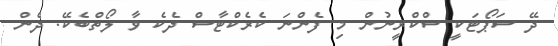
ދޭ ސަޕޯޓަކީ ސްކްރީނުން މި ފެންނަ ކެރެކްޓާސް ދެކެ ވާ ލޯތްބެކޭ. ދެން